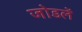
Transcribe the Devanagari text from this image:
जोडलें